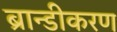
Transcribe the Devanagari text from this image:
ब्रान्डीकरण